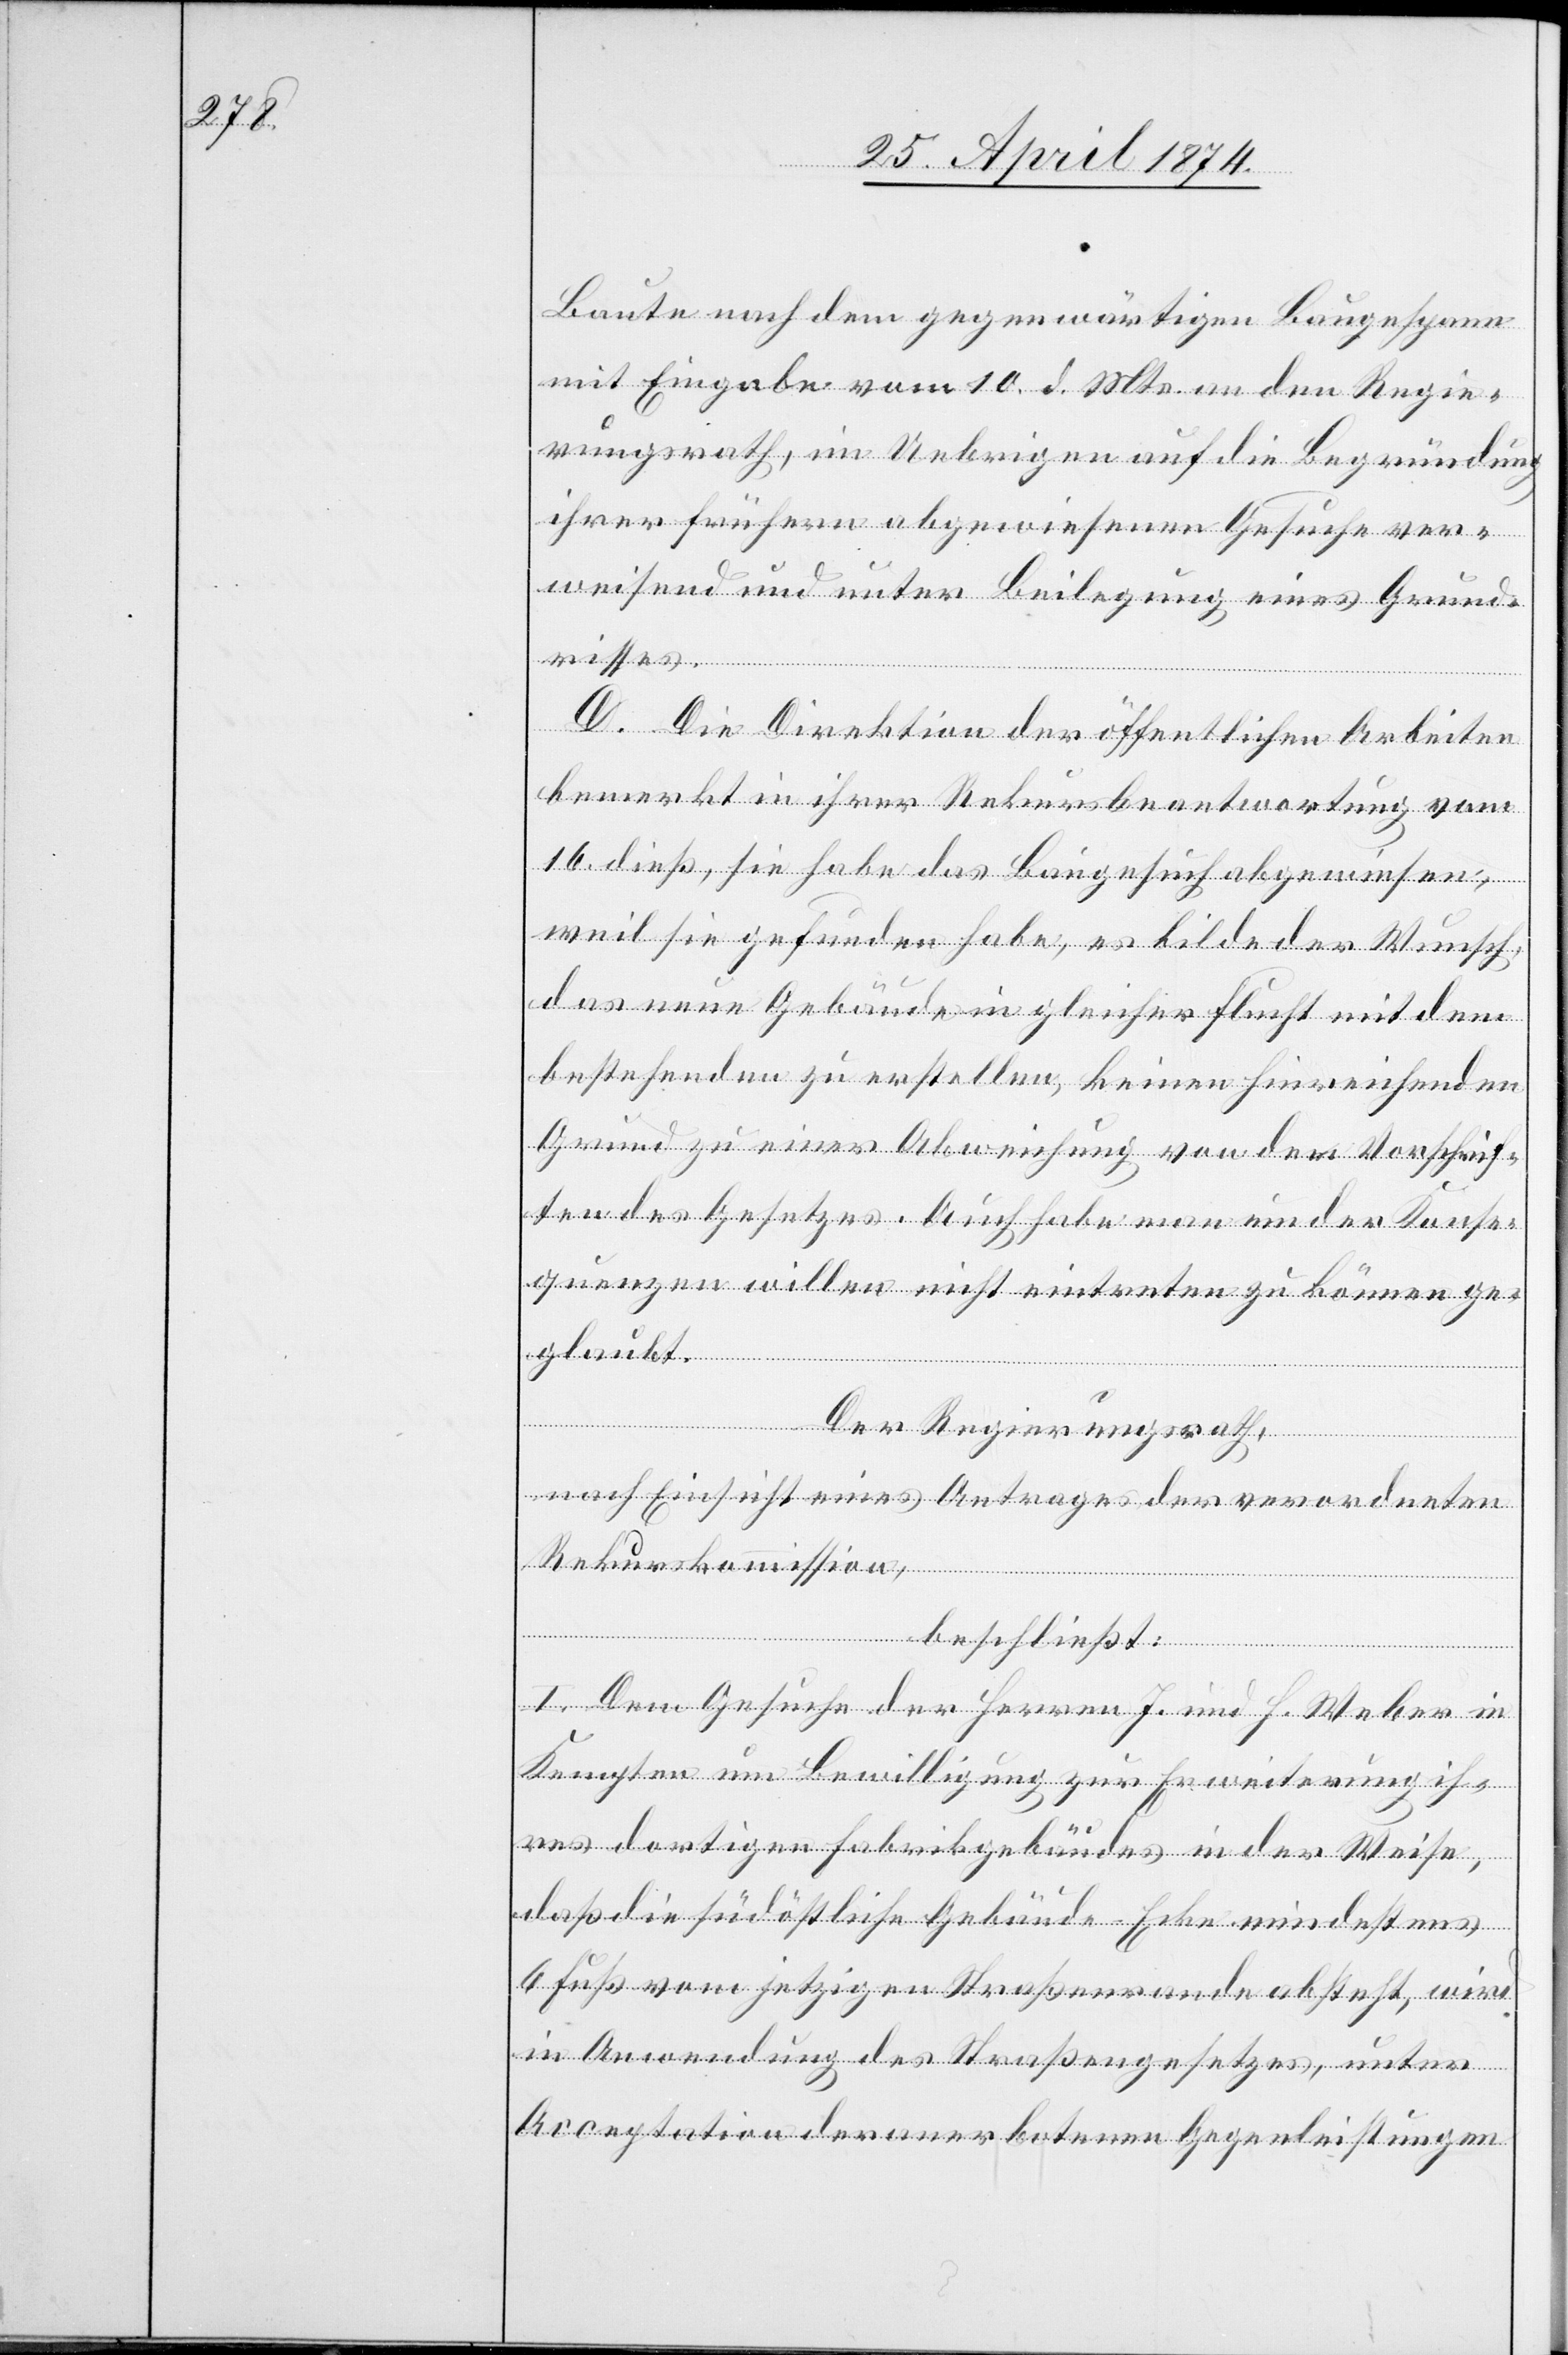
Baute nach dem gegenwärtigen Baugespann
mit Eingabe vom 10. d. Mts. an den Regie¬
rungsrath, im Uebrigen auf die Begründung
ihrer frühern abgewiesenen Gesuche ver¬
weisend und unter Beilegung eines Grundriss¬
D. Die Direktion der öffentlichen Arbeiten
bemerkt in ihrer Rekursbeantwortung vom
16. dieß, sie habe das Baugesuch abgewiesen,
weil sie gefunden habe, es bilde der Wunsch,
das neue Gebäude in gleicher Flucht mit dem
bestehenden zu erstellen, keinen hinreichenden
Grund zu einer Abweichung von den Vorschrif¬
ten des Gesetzes. Auch habe man um der Konse¬
quenzen willen nicht eintreten zu können ge¬
glaubt.
Der Regierungsrath,
nach Einsicht eines Antrages der verordneten
Rekurskommission,
beschließt:
I. Dem Gesuche der Herren J. und H. Weber in
Kempten um Bewilligung zur Erweiterung ih¬
res dortigen Fabrikgebäudes in der Weise,
daß die südöstliche Gebäude-Ecke mindestens
6 Fuß vom jetzigen Straßenrande absteht, wird
in Anwendung des Straßengesetzes, unter
Acceptation der anerbotenen Gegenleistungen

es.